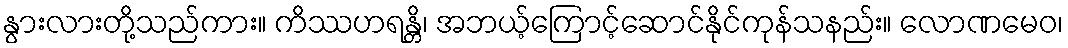
နွားလားတို့သည်ကား။ ကိဿဟရန္တိ၊ အဘယ့်ကြောင့်ဆောင်နိုင်ကုန်သနည်း။ လောဏမေဝ၊